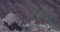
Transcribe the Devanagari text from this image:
ऐत्सू